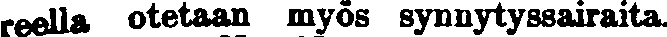
reella otetaan myös synnytyssairaita.